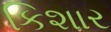
કિશાર